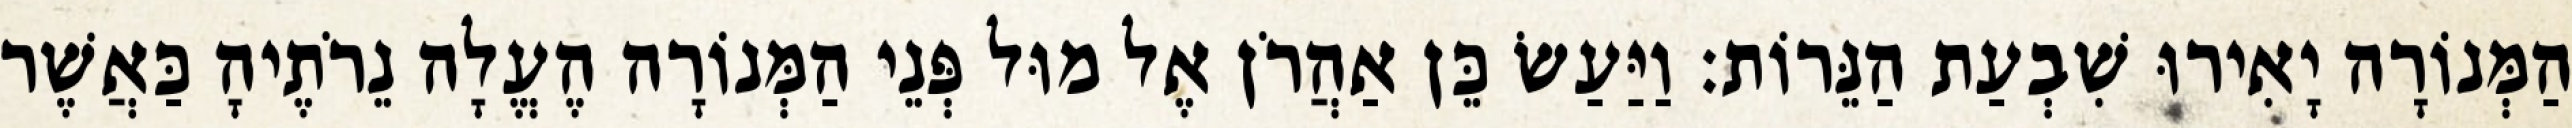
הַמְּנוֹרָה יָאִירוּ שִׁבְעַת הַנֵּרוֹת׃ וַיַּעַשׂ כֵּן אַהֲרֹן אֶל מוּל פְּנֵי הַמְּנוֹרָה הֶעֱלָה נֵרֹתֶיהָ כַּאֲשֶׁר